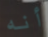
أنه